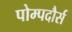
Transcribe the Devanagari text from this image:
पोम्पदौर्स